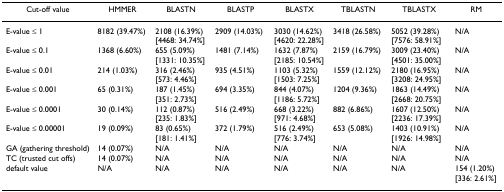
<table><thead><tr><td><b>Cut-off value</b></td><td><b>HMMER</b></td><td><b>BLASTN</b></td><td><b>BLASTP</b></td><td><b>BLASTX</b></td><td><b>TBLASTN</b></td><td><b>TBLASTX</b></td><td><b>RM</b></td></tr></thead><tbody><tr><td>E-value ≤ 1</td><td>8182 (39.47%)</td><td>2108 (16.39%) [4468: 34.74%]</td><td>2909 (14.03%)</td><td>3030 (14.62%) [4620: 22.28%]</td><td>3418 (26.58%)</td><td>5052 (39.28%) [7576: 58.91%]</td><td>N/A</td></tr><tr><td>E-value ≤ 0.1</td><td>1368 (6.60%)</td><td>655 (5.09%) [1331: 10.35%]</td><td>1481 (7.14%)</td><td>1632 (7.87%) [2185: 10.54%]</td><td>2159 (16.79%)</td><td>3009 (23.40%) [4501: 35.00%]</td><td>N/A</td></tr><tr><td>E-value ≤ 0.01</td><td>214 (1.03%)</td><td>316 (2.46%) [573: 4.46%]</td><td>935 (4.51%)</td><td>1103 (5.32%) [1503: 7.25%]</td><td>1559 (12.12%)</td><td>2180 (16.95%) [3208: 24.95%]</td><td>N/A</td></tr><tr><td>E-value ≤ 0.001</td><td>65 (0.31%)</td><td>187 (1.45%) [351: 2.73%]</td><td>694 (3.35%)</td><td>844 (4.07%) [1186: 5.72%]</td><td>1204 (9.36%)</td><td>1863 (14.49%) [2668: 20.75%]</td><td>N/A</td></tr><tr><td>E-value ≤ 0.0001</td><td>30 (0.14%)</td><td>112 (0.87%) [235: 1.83%]</td><td>516 (2.49%)</td><td>668 (3.22%) [971: 4.68%]</td><td>882 (6.86%)</td><td>1607 (12.50%) [2236: 17.39%]</td><td>N/A</td></tr><tr><td>E-value ≤ 0.00001</td><td>19 (0.09%)</td><td>83 (0.65%) [181: 1.41%]</td><td>372 (1.79%)</td><td>516 (2.49%) [776: 3.74%]</td><td>653 (5.08%)</td><td>1403 (10.91%) [1926: 14.98%]</td><td>N/A</td></tr><tr><td>GA (gathering threshold)</td><td>14 (0.07%)</td><td>N/A</td><td>N/A</td><td>N/A</td><td>N/A</td><td>N/A</td><td>N/A</td></tr><tr><td>TC (trusted cut offs)</td><td>14 (0.07%)</td><td>N/A</td><td>N/A</td><td>N/A</td><td>N/A</td><td>N/A</td><td>N/A</td></tr><tr><td>default value</td><td>N/A</td><td>N/A</td><td>N/A</td><td>N/A</td><td>N/A</td><td>N/A</td><td>154 (1.20%) [336: 2.61%]</td></tr></tbody></table>